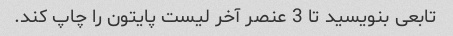
تابعی بنویسید تا 3 عنصر آخر لیست پایتون را چاپ کند.